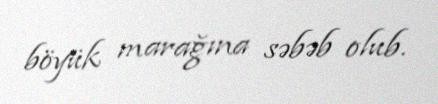
böyük marağına səbəb olub.